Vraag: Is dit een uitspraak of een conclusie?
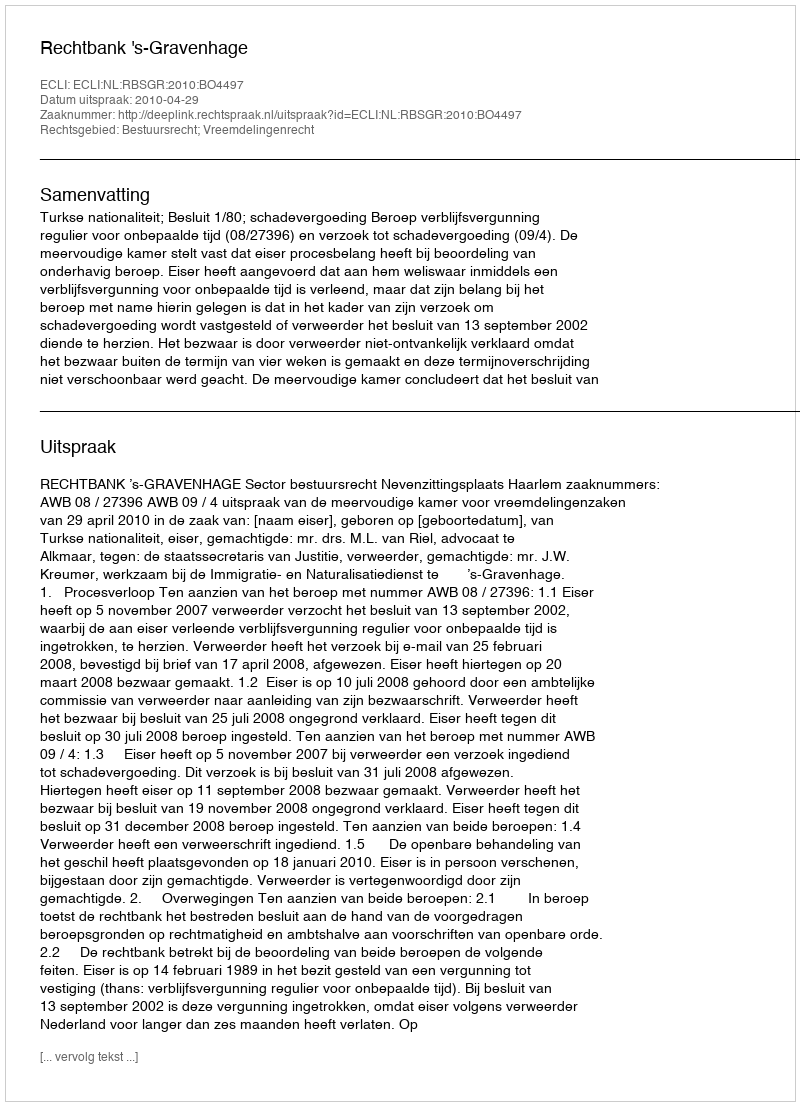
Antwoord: Uitspraak